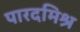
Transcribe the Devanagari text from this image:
पारदमिश्र